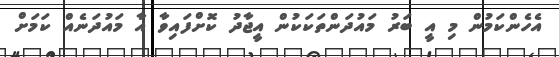
އެހެންކަމުން މި އީ ބަރު މައުދަންތަކަކުން އީޖާދު ކޮށްފައިވާ އާ މައުދަނެއް ކަމަށް